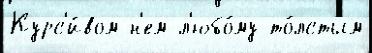
Курс'и́вом н'ем л'юбо́му то́лстым